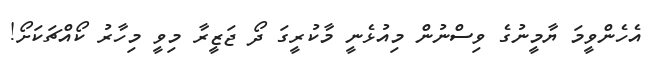
އެހެންވީމަ ޔާމީނުގެ ވިސްނުން މިއުޅެނީ މާކުރީގަ ދޯ ޖަޒީރާ މިވީ މިހާރު ކޯއްޗަކަށޯ!